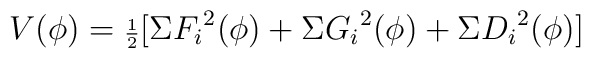
V(\phi)={\scriptstyle {\frac{1}{2}}}[\Sigma {F_i}^2 (\phi)+\Sigma{G_i}^2 (\phi)+\Sigma {D_i}^2 (\phi)]